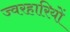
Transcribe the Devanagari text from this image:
ज्वरहारियों